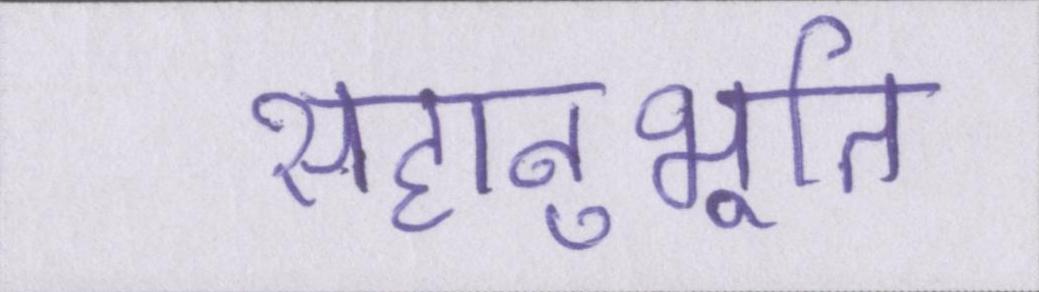
सहानुभूति